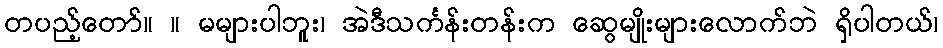
တပည့်တော်။ ။ မများပါဘူး၊ အဲဒီသင်္ကန်းတန်းက ဆွေမျိုးများလောက်ဘဲ ရှိပါတယ်၊